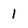
Character: 1